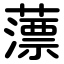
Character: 薸